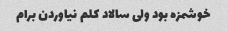
خوشمزه بود ولی سالاد کلم نیاوردن برام